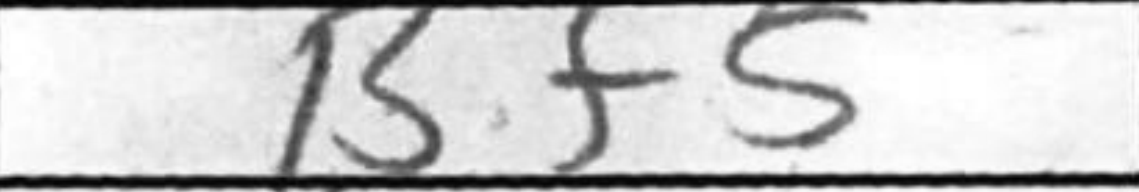
Transcription: Bf5